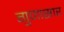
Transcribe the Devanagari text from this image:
गुणासार